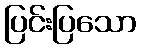
ပြင်းပြသော